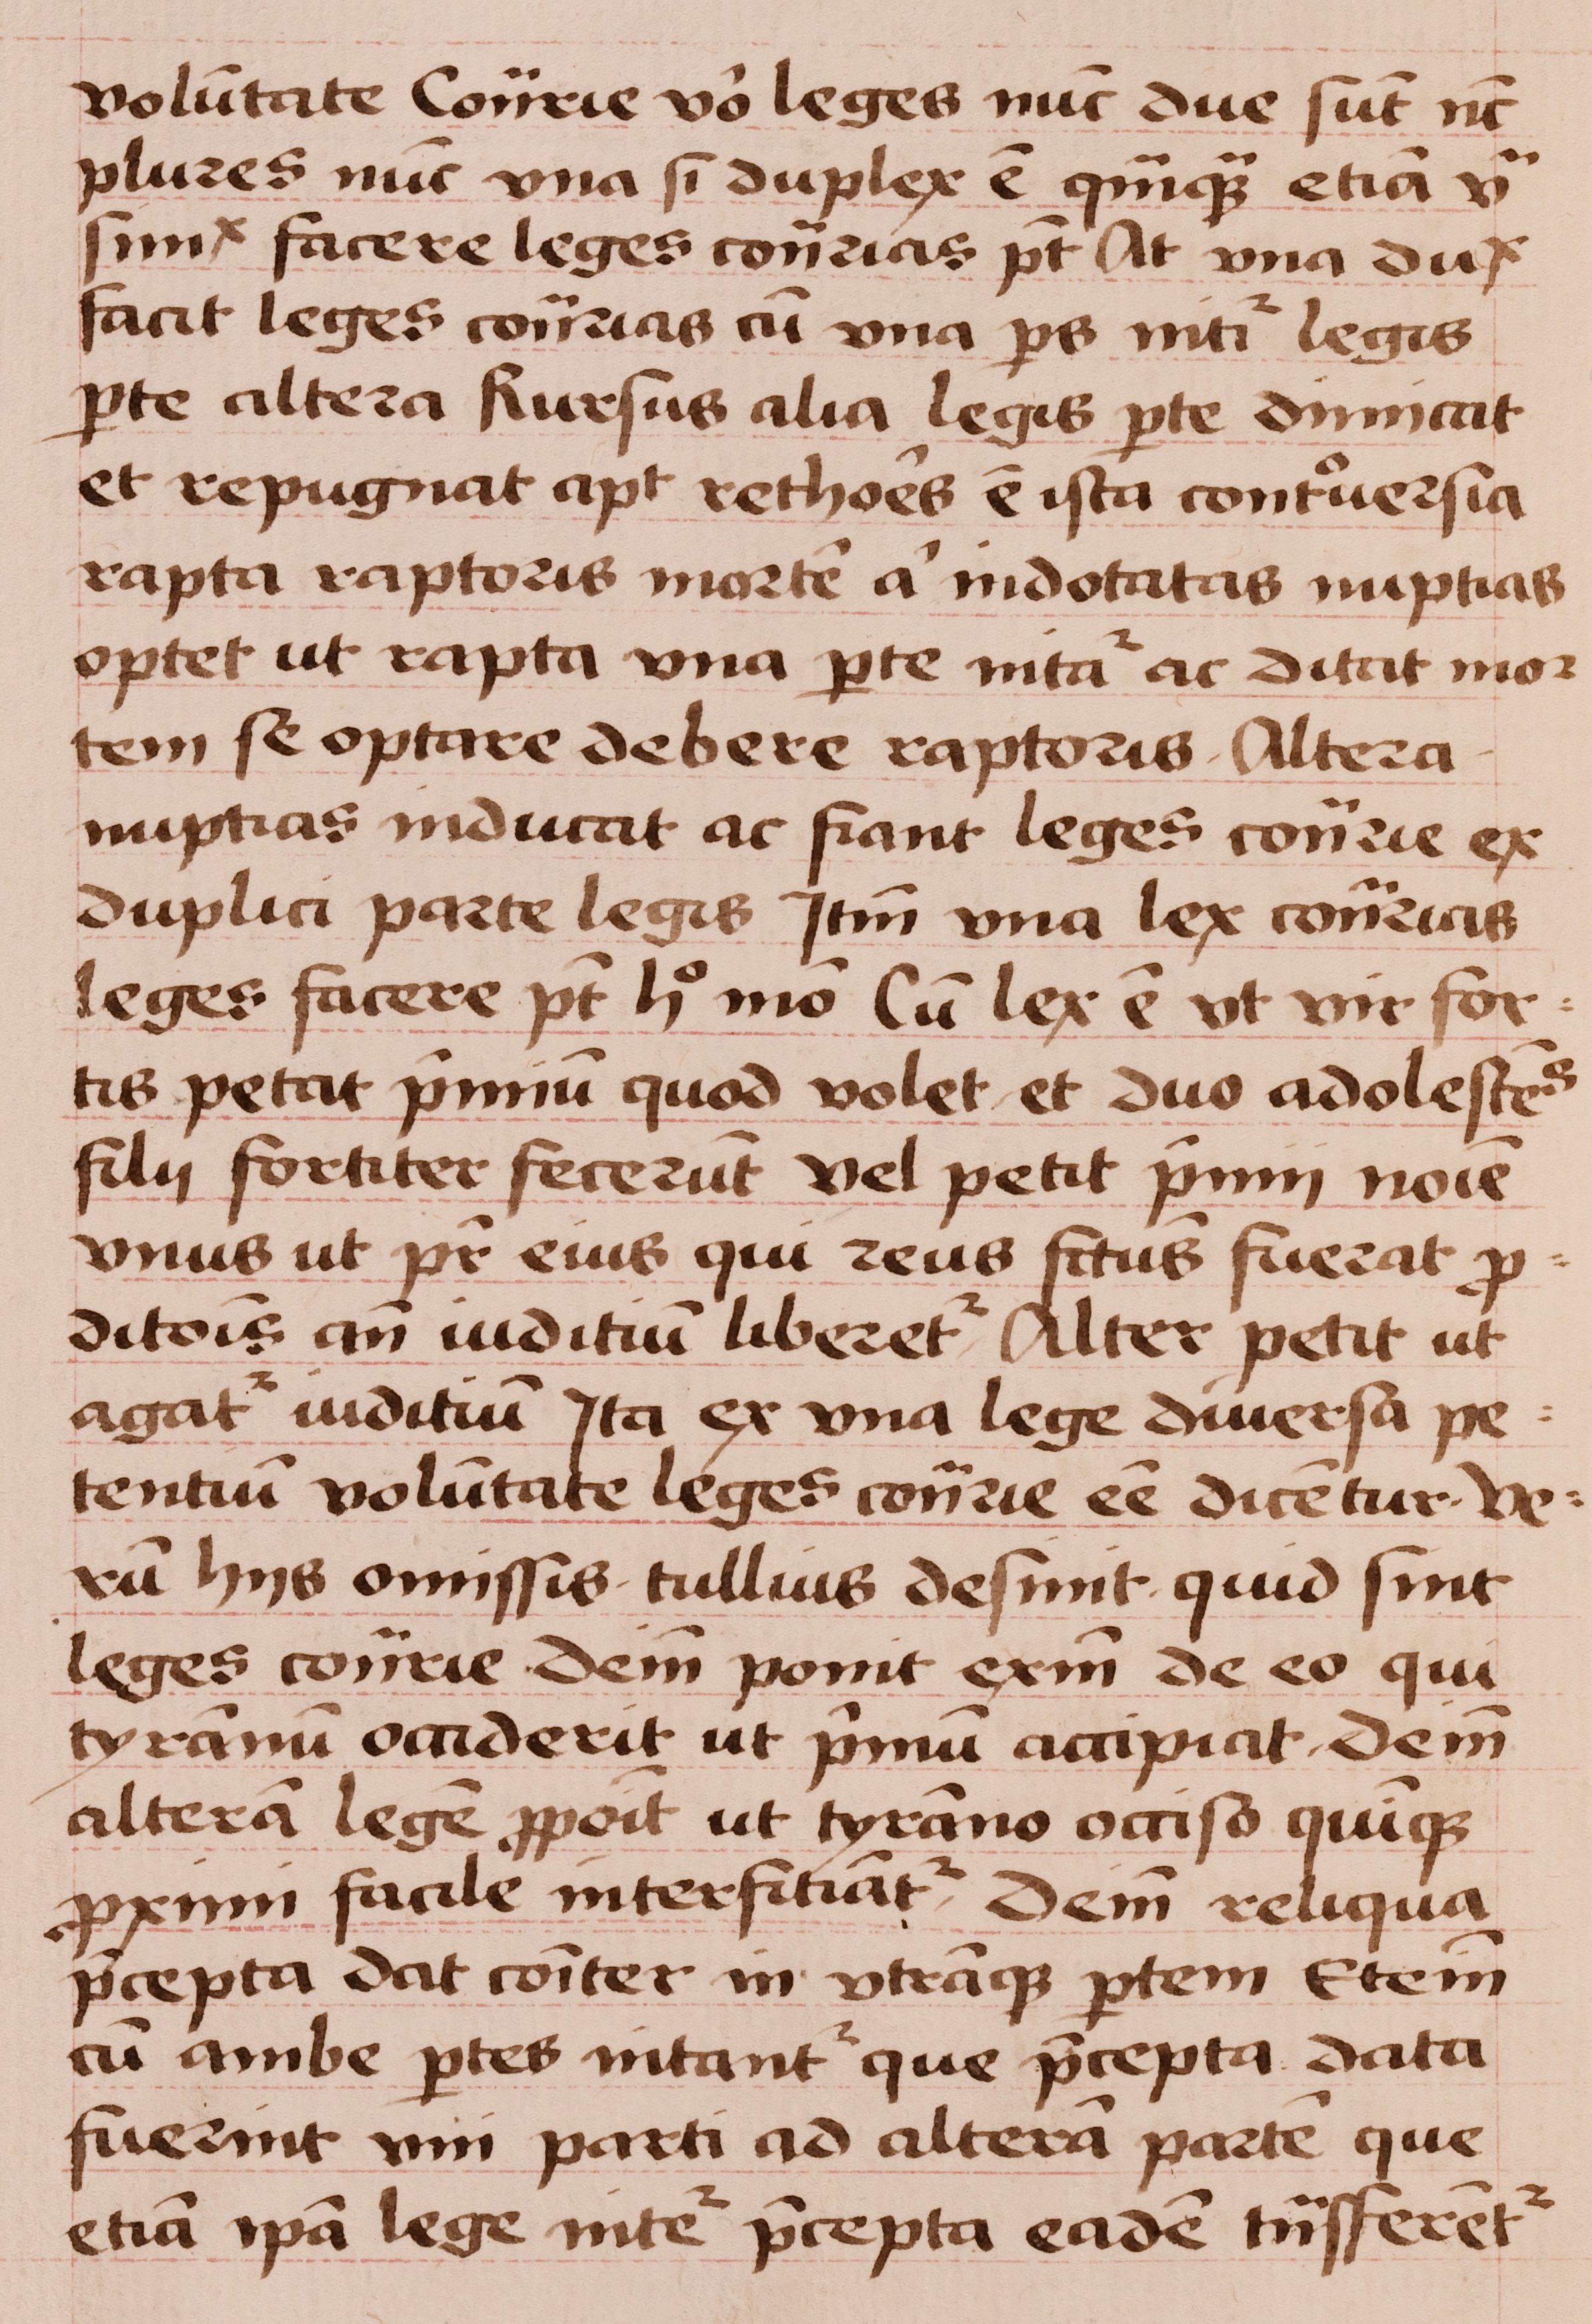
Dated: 1450–1474